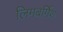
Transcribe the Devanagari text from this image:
लिमबर्गिश